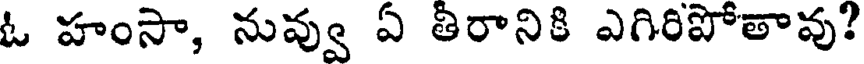
ఓ హంసా, నువ్వు ఏ తిరానికి ఎగిరిపోతావు?